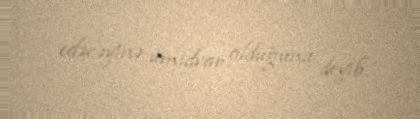
edəcəyinə ümidvar olduğunu deyib.